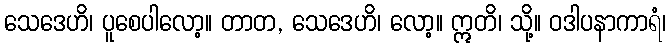
သေဒေဟိ၊ ပူစေပါလော့။ တာတ, သေဒေဟိ၊ လော့။ ဣတိ၊ သို့။ ဝဒါပနာကာရံ၊